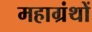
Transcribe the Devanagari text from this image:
महाग्रंथों